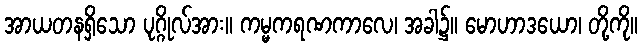
အာယတနရှိသော ပုဂ္ဂိုလ်အား။ ကမ္မကရဏကာလေ၊ အခါ၌။ မောဟာဒယော၊ တို့ကို။